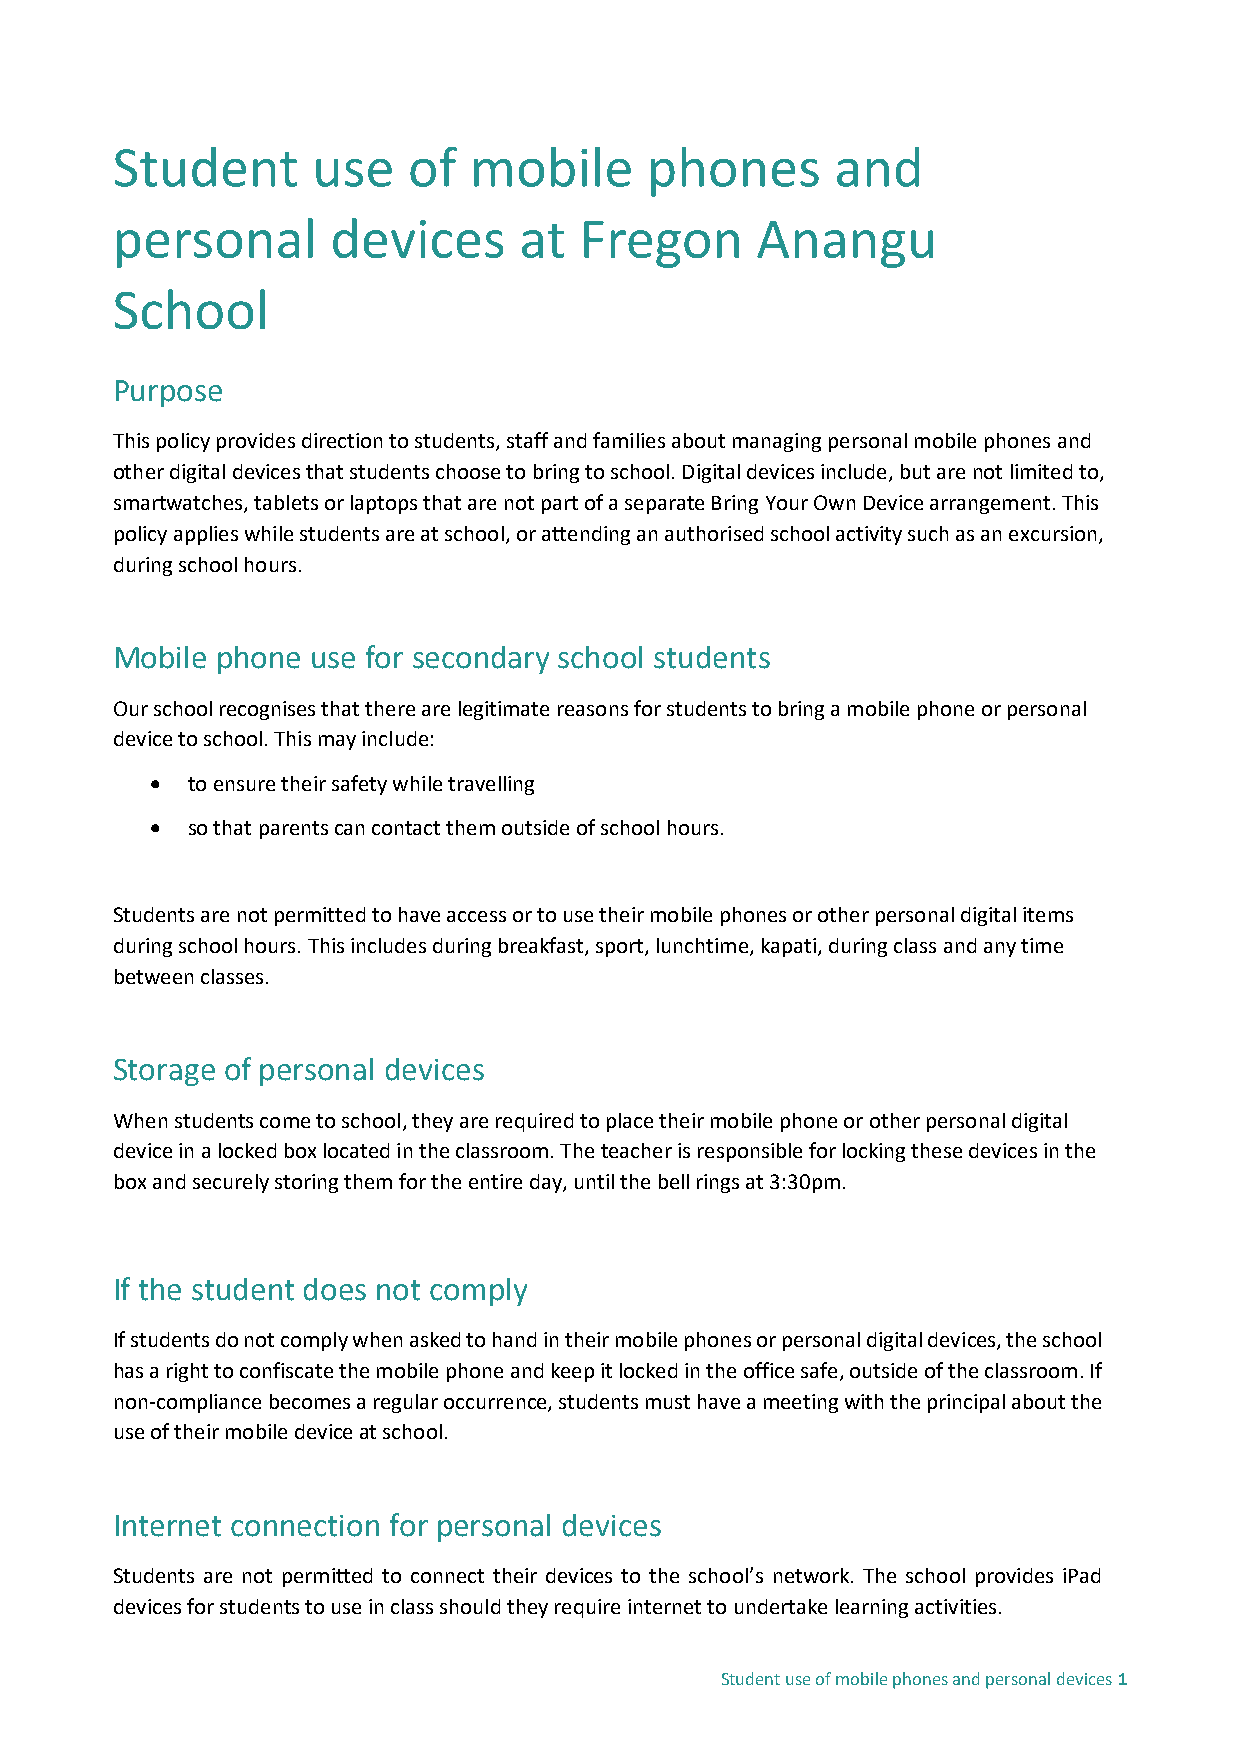
Student       use   of  mobile      phones      and
 personal       devices     at  Fregon      Anangu
 School
 Purpose
 This policy provides direction to students, staff and families about managing personal mobile phones and
 other digital devices that students choose to bring to school. Digital devices include, but are not limited to,
 smartwatches, tablets or laptops that are not part of a separate Bring Your Own Device arrangement. This
 policy applies while students are at school, or attending an authorised school activity such as an excursion,
 during school hours.
 Mobile phone use for secondary school students
 Our school recognises that there are legitimate reasons for students to bring a mobile phone or personal
 device to school. This may include:
 • to ensure their safety while travelling
 • so that parents can contact them outside of school hours.
 Students are not permitted to have access or to use their mobile phones or other personal digital items
 during school hours. This includes during breakfast, sport, lunchtime, kapati, during class and any time
 between classes.
 Storage of personal devices
 When students come to school, they are required to place their mobile phone or other personal digital
 device in a locked box located in the classroom. The teacher is responsible for locking these devices in the
 box and securely storing them for the entire day, until the bell rings at 3:30pm.
 If the student does not comply
 If students do not comply when asked to hand in their mobile phones or personal digital devices, the school
 has a right to confiscate the mobile phone and keep it locked in the office safe, outside of the classroom. If
 non-compliance becomes a regular occurrence, students must have a meeting with the principal about the
 use of their mobile device at school.
 Internet connection for personal devices
 Students are not permitted to connect their devices to the school’s network. The school provides iPad
 devices for students to use in class should they require internet to undertake learning activities.
 Student use of mobile phones and personal devices 1